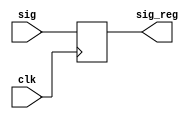
// This program was cloned from: https://github.com/flytt-away/FPGA-Video-Capture
// License: MIT License

//******************************************************************
// Copyright (c) 2020 PANGO MICROSYSTEMS, INC
// ALL RIGHTS REVERVED.
//******************************************************************
module ipsl_pcie_reg #(
    parameter    SIG_WIDTH = 8
)(
    input                  clk,

    input       [SIG_WIDTH-1:0] sig,
    output reg  [SIG_WIDTH-1:0] sig_reg
);

always@(posedge clk)
begin
    sig_reg <= sig;
end
endmodule